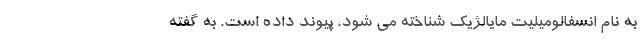
به نام انسفالومیلیت مایالژیک شناخته می شود، پیوند داده است. به گفته